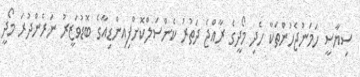
ސިޔާސީ ހަމަނުޖެހުންތަކާ ހެދި މޯދީގެ ރާއްޖެ ދަތުރު ކެންސަލްކޮށްފިއިންޑިއާގެ ބޮޑުވަޒީރު ނަރެންދުރަ މޯދީ